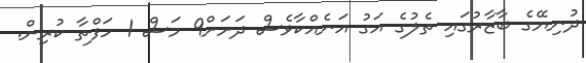
ދުނިޔޭގެ ބާޒާރުގައި ތެލުގެ އަގު އަނެއްކާވެސް ދަށަށް9 މަސް 1 ހަފްތާ ކުރިން.